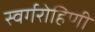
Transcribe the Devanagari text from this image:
स्वर्गरोहिणी